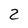
Character: 2